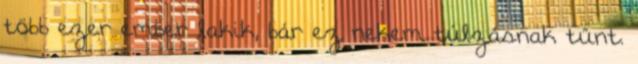
több ezer ember lakik, bár ez nekem túlzásnak tűnt.